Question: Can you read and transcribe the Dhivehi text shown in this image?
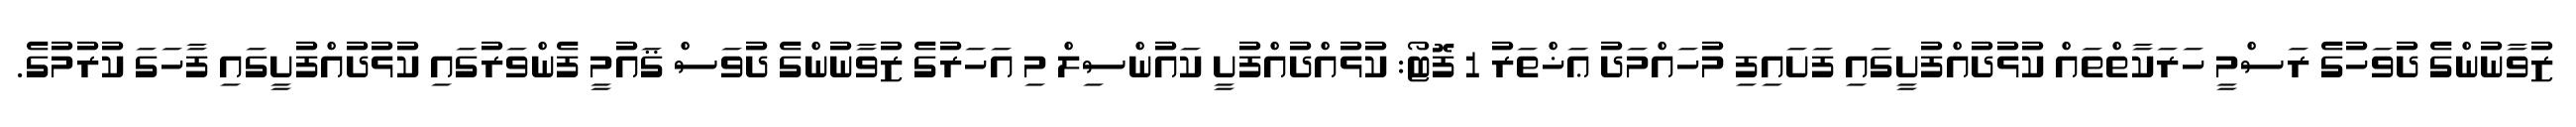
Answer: ޒުވާނުންގެ ދުވަހުގެ ރަސްމީ ހަރަކާތްތައް ކުޅުދުއްފުށީގައި ފަށައިފި މުހައްމަދު ޢަޚްތަރު 1 ފޮޓޯ: ކުޅުއްދުއްފުށީ ކައުންސިލް މި އަހަރުގެ ޒުވާނުންގެ ދުވަސް ޤައުމީ ފެންވަރުގައި ކުޅުދުއްފުށީގައި ފާހަގަ ކުރުމުގެ.